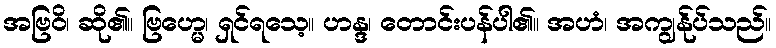
အဗြဝိ၊ ဆို၏။ ဗြဟ္မေ၊ ရှင်ရသေ့။ ဟန္ဒ၊ တောင်းပန်ပါ၏။ အဟံ၊ အကျွန်ုပ်သည်။